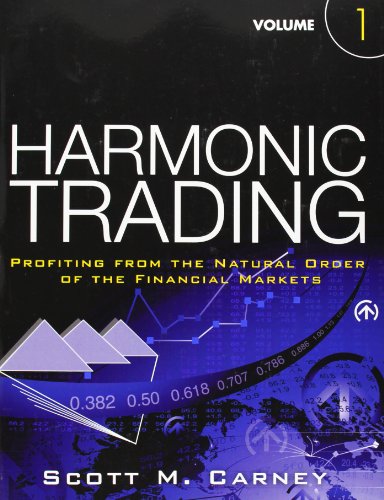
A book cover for Harmonic Trading, Volume One: Profiting from the Natural Order of the Financial Markets; Scott M. Carney; Business & Money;